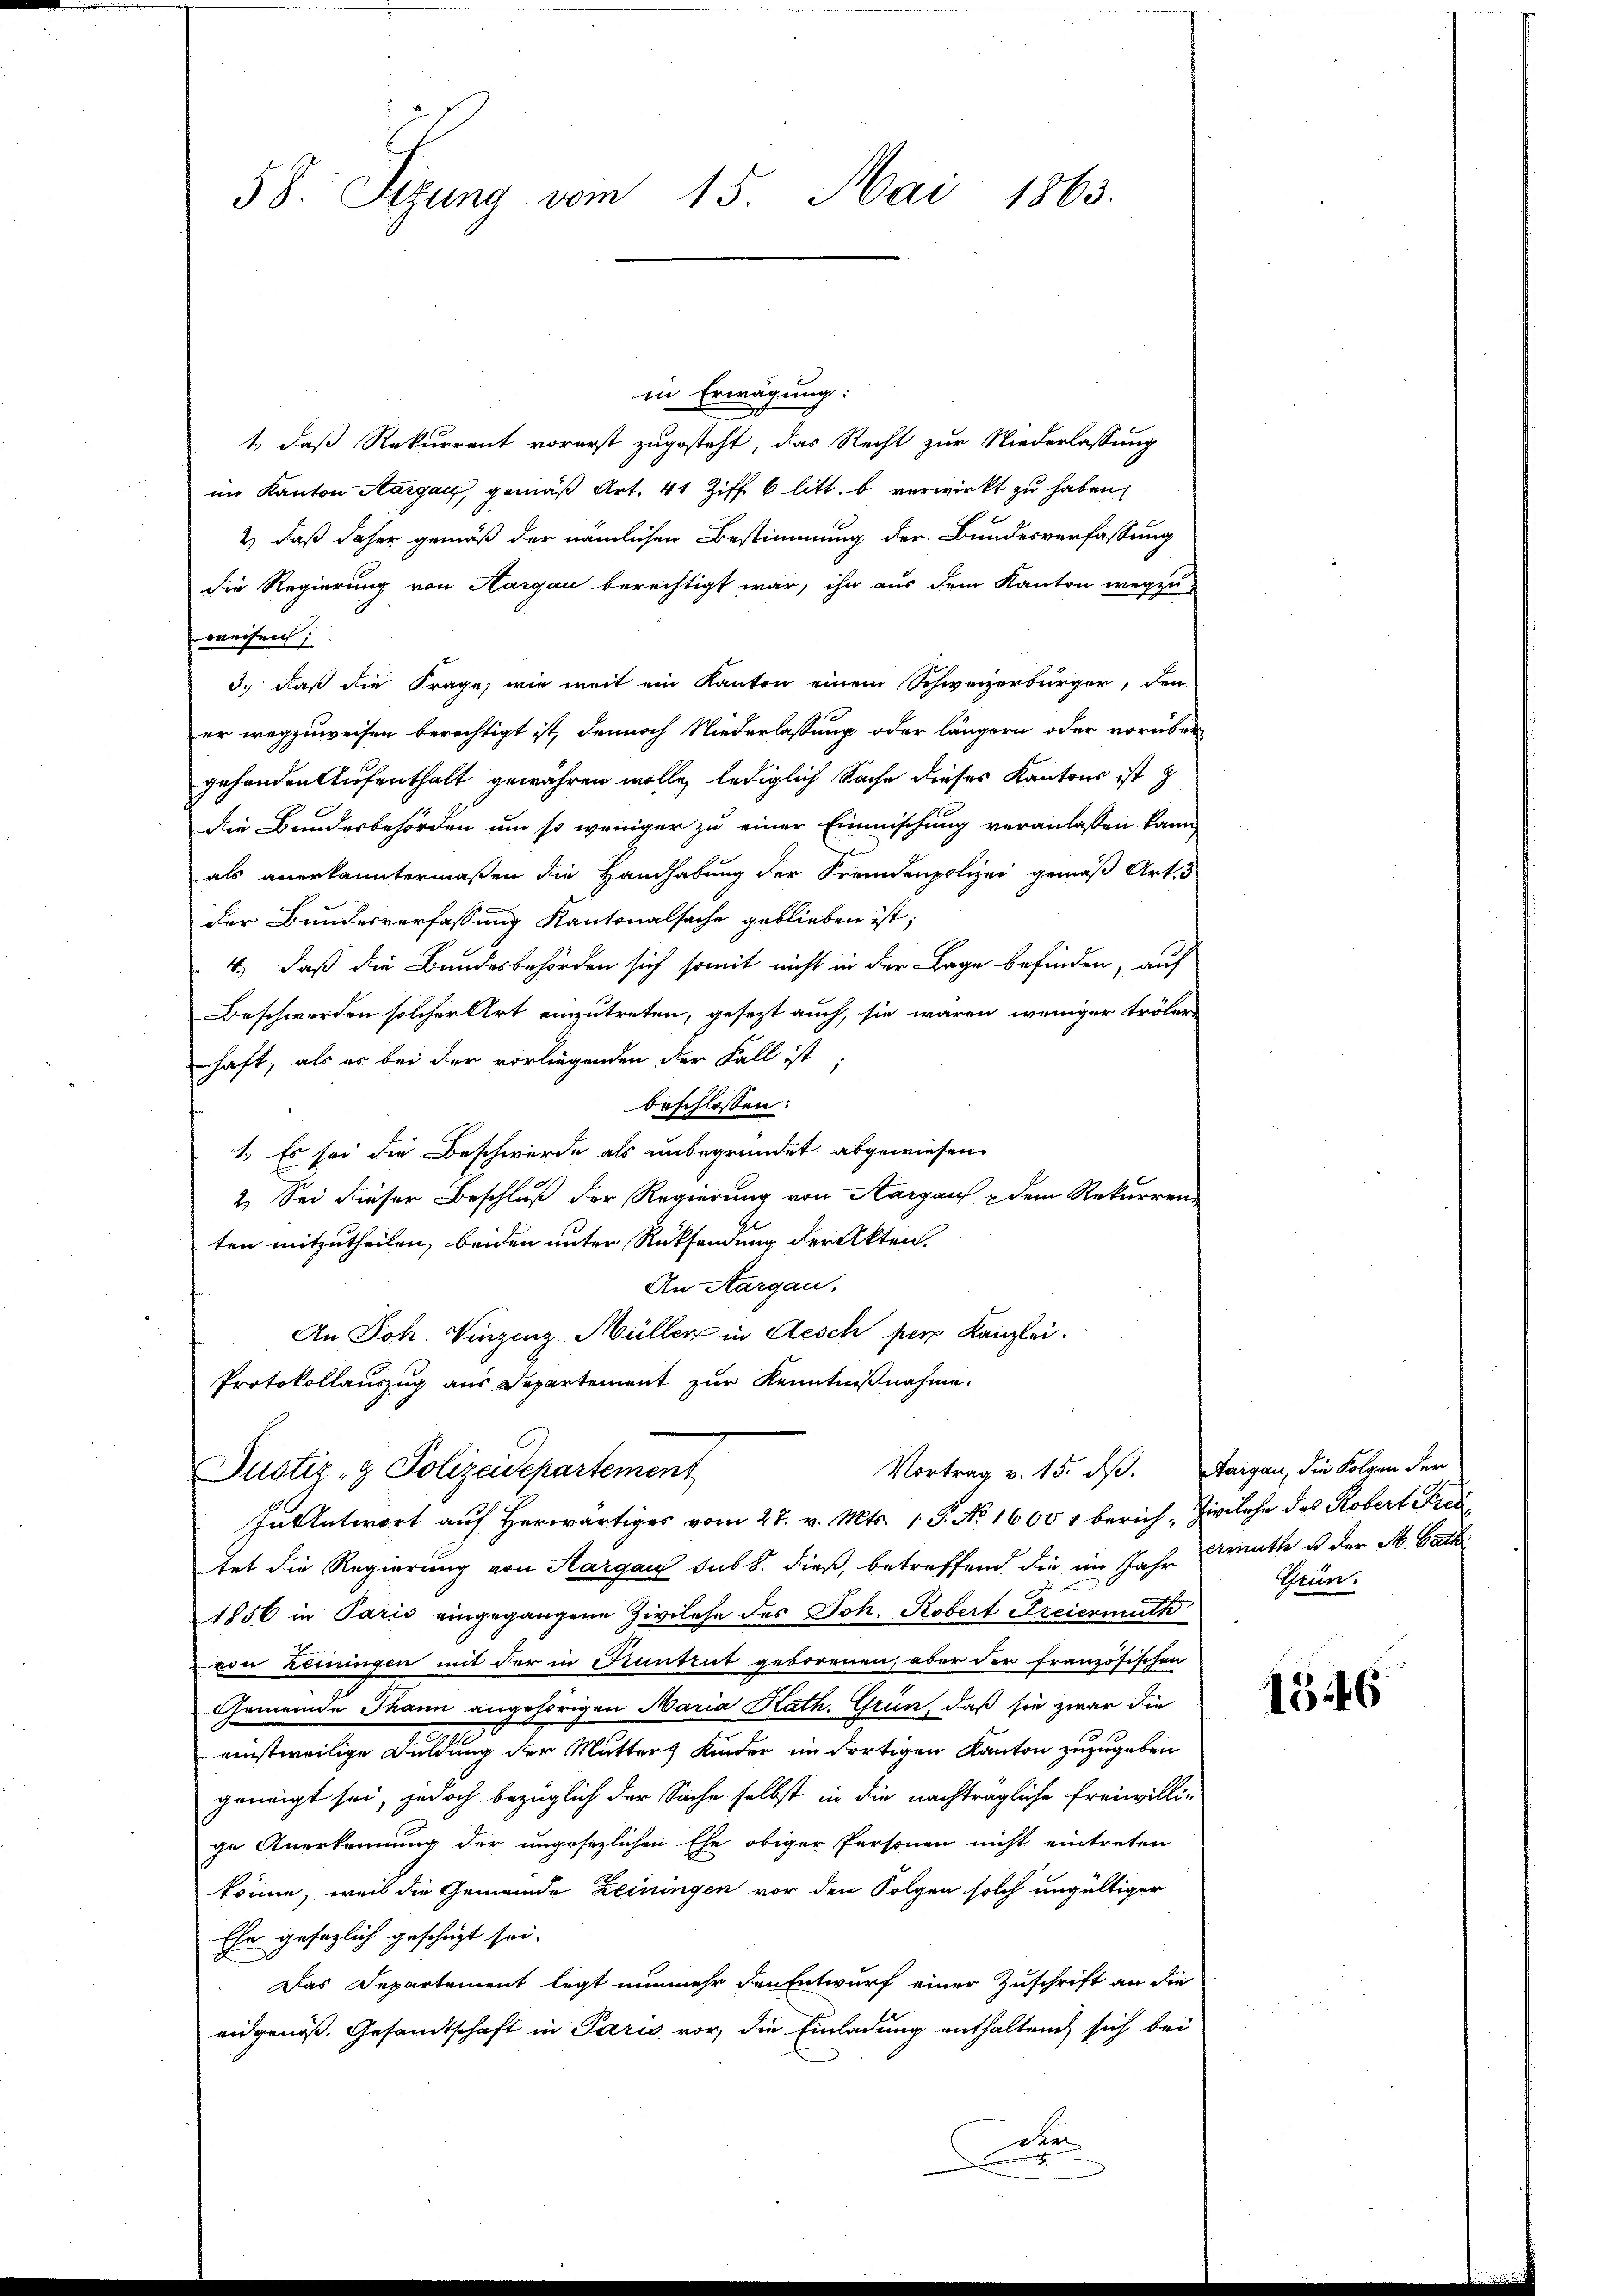
58. Sizung vom 15. Mai 1863.

in Erwägung:
1., daß Rekurrent vorerst zugesteht, das Recht zur Niederlassung
im Kanton Aargau, gemäß Art. 41 Ziff. 6 litt. b verwirkt zu haben;
2) daß daher gemäß der nämlichen Bestimmung der Bundesverfassung
die Regierung von Aargau berechtigt war, ihn aus dem Kanton wegzu
weisen;
3.) daß die Frage, wie weit ein Kanton einem Schweizerbürger, den
er wegzuweisen berechtigt ist, dennoch Niederlassung oder längern oder vorüber
gehenden Aufenthalt gewähren wolle, lediglich Sache dieses Kantons ist z
die Bundesbehörden um so weniger zu einer Einmischung veranlassen kann,
als anerkanntermaßen die Handhabung der Fremdenpolizei gemäß Art. 5
der Bundesverfassung Kantonalsache geblieben ist;
4.) daß die Bundesbehörden sich somit nicht in der Lage befinden, auf
Beschwerden solcher Art einzutreten, gesezt auch, sie wären weniger trölere
haft, als es bei der vorliegenden der Fall ist
beschlossen:
1. Es sei die Beschwerde als unbegründet abgewiesen.
2. Sei dieser Beschluß der Regierung von Aargau & dem Rekurrenz
ten mitzutheilen, beiden unter Rücksendung der Akten.
An Aargau.
An Joh. Vinzenz Müller in Aesch per Kanzlei.
Protokollauszug aus Departement zur Kenntnißnahme.
Vortrag v. 15. dß. Aargau, die Folgen der
Justiz- & Polizeidepartement
In Antwort auf herwärtiges vom 27. v. Mts. 1. P. No. 1600 1 berich - Zivilehe des Robert Fis
tet die Regierung von Aargau sub 8. dieß, betreffend die im Jahr Armuth u der M. Cath
westehen
1856 in Parić eingegangene Zivilehe des Joh. Robert Freiermuth
von Reiningen mit der in Kuntrut geborenen, aber der französischen
Gemeinde Thann angehörigen Maria Kath. Grün, daß sie zwar die
einstweilige Duldung der Mutter Kinder im dortigen Kanton zuzugeben
gerweigt sei, jedoch bezüglich der Sache selbst in die nachträgliche Freiwilli-
ge Anerkennung der ungesezlichen Ehe obiger Personen nicht eintreten
könne, weil die Gemeinde Zeiningen vor den Folgen solch ungültiger
Ehe gesezlich geschäzt sei.
Das Departement legt nunmehr den Entwurf einer Zuschrift an die
eidgenöß. Gesandtschaft in Paris vor, die Einladung enthalten sich bei
Daten

Grün

1346